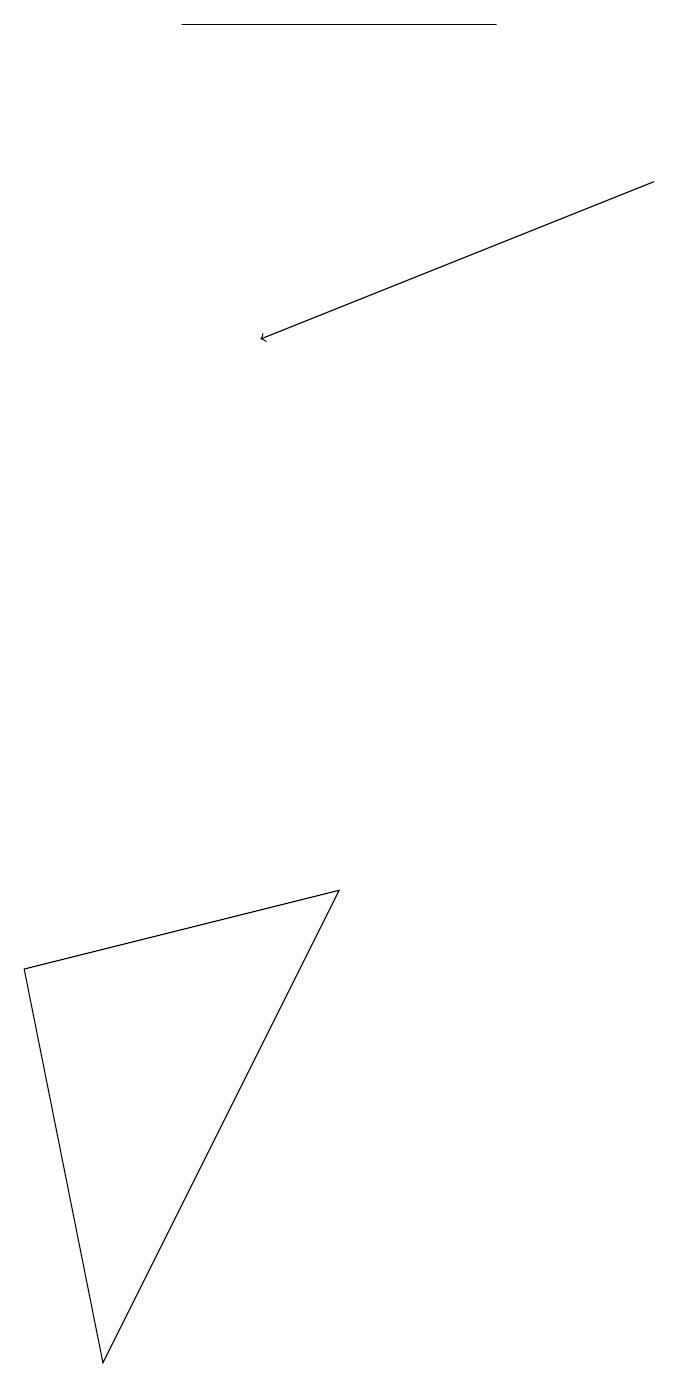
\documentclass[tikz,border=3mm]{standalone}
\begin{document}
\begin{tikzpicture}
\draw (3,18) rectangle (7,18);
\draw (1,6) -- (2,1) -- (5,7) -- cycle;
\draw[->] (9,16) -- (4,14);
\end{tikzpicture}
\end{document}